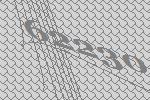
62230